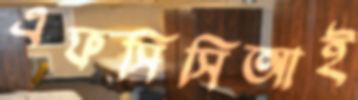
এফসিসিআই